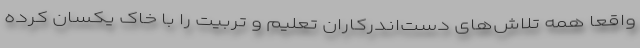
واقعاً همه تلاش‌های دست‌اندرکاران تعلیم و تربیت را با خاک یکسان کرده